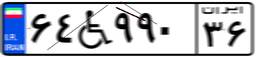
۶۴W۹۹۰۳۶